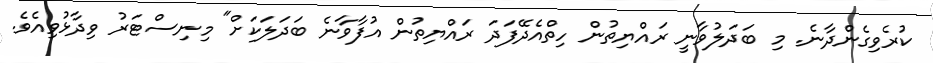
ކުރެވިގެންދާނެ. މި ބަދަލުވާނީ ރައްޔިތުން ހިތްއެދޭފަދަ ރައްޔިތުން އުފާވާނެ ބަދަލަކަށް" މިނިސްޓަރު ވިދާޅުވިއެވެ.